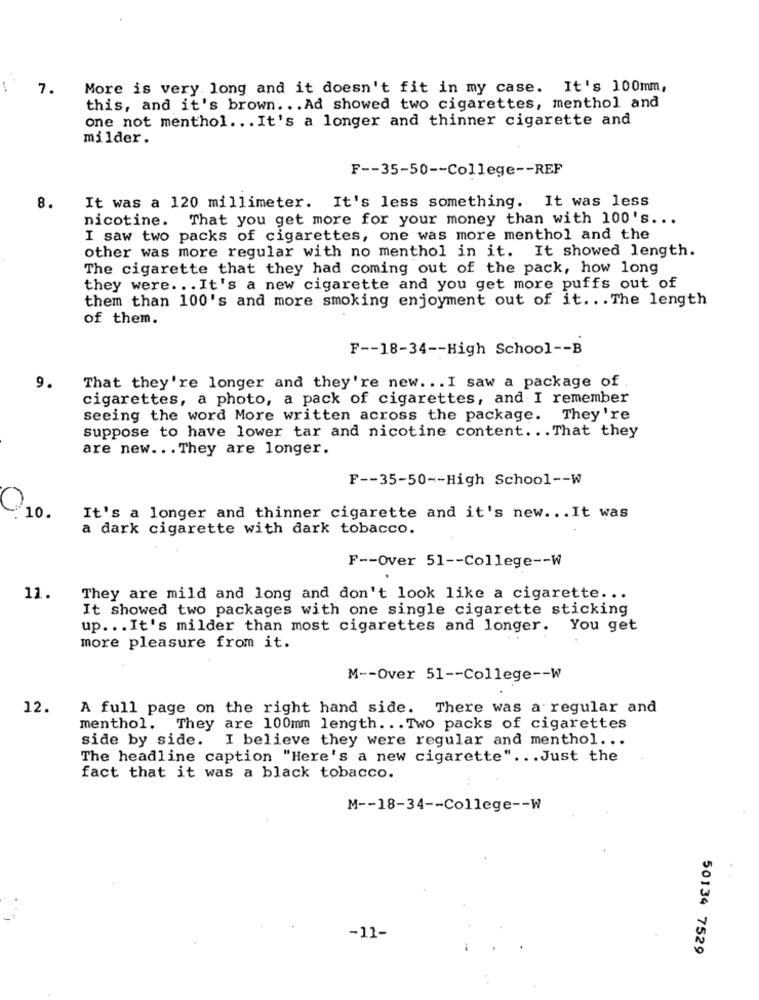
7.
More is very long and it doesn't fit in my case. It's 100mm,
this, and it's brown. .. Ad showed two cigarettes, menthol and
one not menthol ... It's a longer and thinner cigarette and
milder.
F -- 35-50 -- College -- REF
8.
It was a 120 millimeter. It's less something. It was less
nicotine. That you get more for your money than with 100's ...
I saw two packs of cigarettes, one was more menthol and the
other was more regular with no menthol in it. It showed length.
The cigarette that they had coming out of the pack, how long
they were ... It's a new cigarette and you get more puffs out of
them than 100's and more smoking enjoyment out of it ... The length
of them.
F -- 18-34 -- High School -- B
9.
That they're longer and they're new. .. I saw a package of
cigarettes, a photo, a pack of cigarettes, and I remember
seeing the word More written across the package. They're
suppose to have lower tar and nicotine content ... That they
are new ... They are longer.
F -- 35-50 -- High School -- W
O
'10.
It's a longer and thinner cigarette and it's new ... It was
a dark cigarette with dark tobacco.
F -- Over 51 -- College -- W
11.
They are mild and long and don't look like a cigarette ...
It showed two packages with one single cigarette sticking
up. .. It's milder than most cigarettes and longer. You get
more pleasure from it.
M -- Over 51 -- College -- W
12.
A full page on the right hand side. There was a regular and
menthol. They are 100mm length ... Two packs of cigarettes
side by side. I believe they were regular and menthol ...
The headline caption "Here's a new cigarette" ... Just the
fact that it was a black tobacco.
M -- 18-34 -- College -- W
-11-
50134 7529